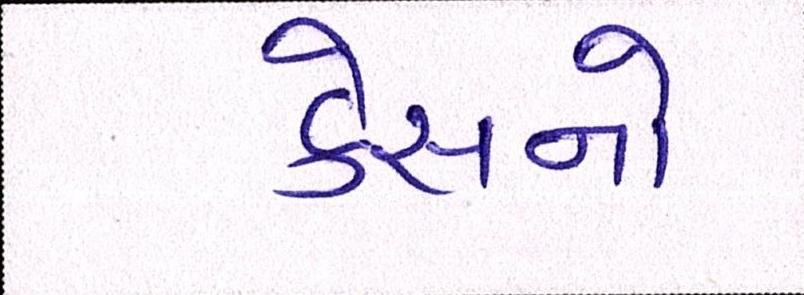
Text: કેસનો